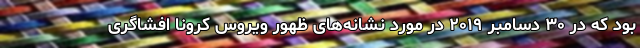
بود که در ۳۰ دسامبر ۲۰۱۹ در مورد نشانه‌های ظهور ویروس کرونا افشاگری